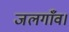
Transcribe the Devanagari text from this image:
जलगाँव।